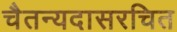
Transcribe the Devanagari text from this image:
चैतन्यदासरचित